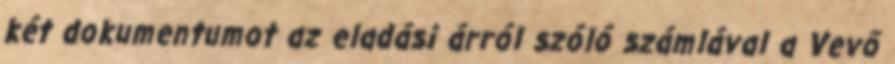
két dokumentumot az eladási árról szóló számlával a Vevő